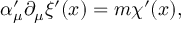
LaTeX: \alpha _ { \mu } ^ { \prime } \partial _ { \mu } \xi ^ { \prime } ( x ) = m \chi ^ { \prime } ( x ) ,